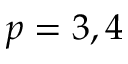
p = 3 , 4